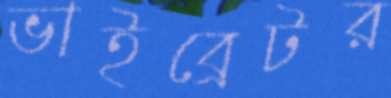
ভাইব্রেটর